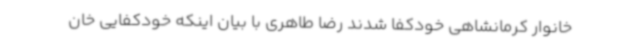
خانوار کرمانشاهی خودکفا شدند رضا طاهری با بیان اینکه خودکفایی خان